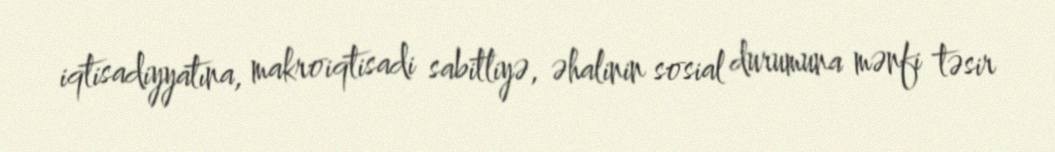
iqtisadiyyatına, makroiqtisadi sabitliyə, əhalinin sosial durumuna mənfi təsir